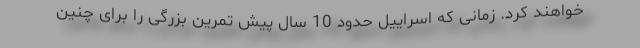
خواهند کرد. زمانی که اسراییل حدود 10 سال پیش تمرین بزرگی را برای چنین